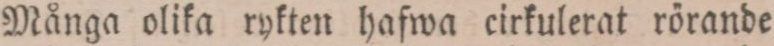
Många olika rykten hafwa cirkulerat rörande